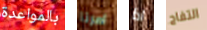
بالمواعدة امرنا اذا التفاح